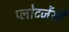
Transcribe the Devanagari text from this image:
प्लोटजेंसी